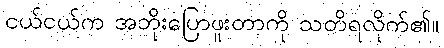
ငယ်ငယ်က အဘိုးပြောဖူးတာကို သတိရလိုက်၏။